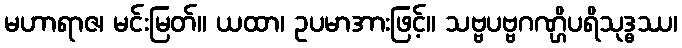
မဟာရာဇ၊ မင်းမြတ်။ ယထာ၊ ဥပမာအားဖြင့်။ သဗ္ဗပဗ္ဗဂဏ္ဌိပရိသုဒ္ဓဿ၊